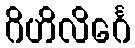
ဂိဟိလိင်္ဂေ